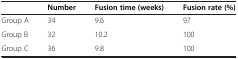
<table><thead><tr><td></td><td><b>Number</b></td><td><b>Fusion time (weeks)</b></td><td><b>Fusion rate (%)</b></td></tr></thead><tbody><tr><td>Group A</td><td>34</td><td>9.6</td><td>97</td></tr><tr><td>Group B</td><td>32</td><td>10.2</td><td>100</td></tr><tr><td>Group C</td><td>36</td><td>9.8</td><td>100</td></tr></tbody></table>